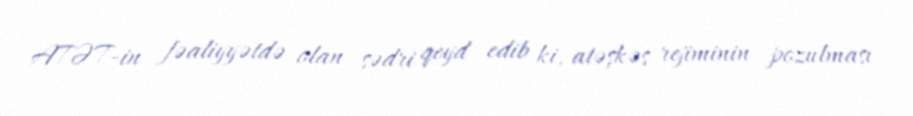
ATƏT-in fəaliyyətdə olan sədri qeyd edib ki, atəşkəs rejiminin pozulması